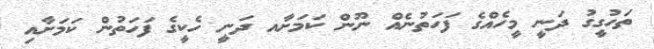
ތަހުގީގު ދަނީ މީހެއްގެ ފަހަތުނެއް ނޫން ކަމަށާއ ދަނީ ހެކީގެ ފަހަތުން ކަމަށާއި